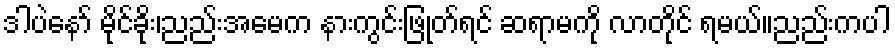
ဒါပဲနော် မိုင်ခိုး၊ညည်းအမေက နားကွင်းဖြုတ်ရင် ဆရာမကို လာတိုင် ရမယ်။ညည်းကပါ